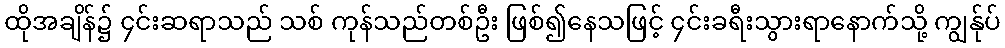
ထိုအချိန်၌ ၄င်းဆရာသည် သစ် ကုန်သည်တစ်ဦး ဖြစ်၍နေသဖြင့် ၄င်းခရီးသွားရာနောက်သို့ ကျွန်ုပ်